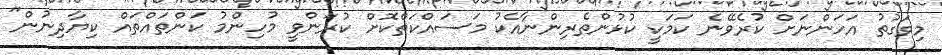
މިވަގުތު އަހަންނަށް ކުރެވޭނެ ކަމަކީ ކުޅުންތެރިންނާއެކު މަސައްކަތްކޮށް ކުރަންވީ މުހިންމު ކަންތައްތައް ކިޔާދިނުން"